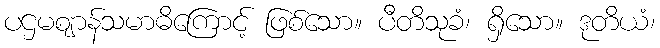
ပဌမဈာန်သမာဓိကြောင့် ဖြစ်သော။ ပီတိသုခံ၊ ရှိသော။ ဒုတိယံ၊